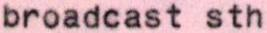
broadcast sth